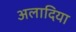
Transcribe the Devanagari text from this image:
अलादिया